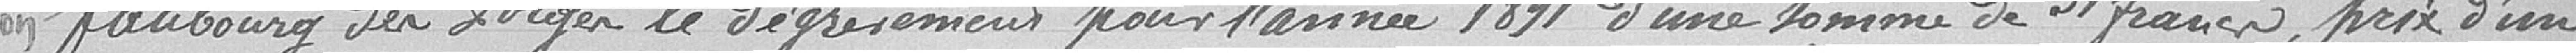
faubourg des Forges le dégrèvement pour l'année 1891 d'une somme de 31 francs, prix d'une